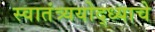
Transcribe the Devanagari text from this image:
स्वातंत्र्ययोद्‌ध्याचे